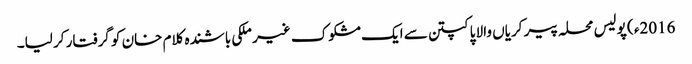
2016ء ) پولیس محلہ پیر کریاں والا پاکپتن سے ایک مشکوک غیر ملکی باشندہ کلام خان کو گرفتار کر لیا۔